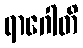
ရာဂေါတိ